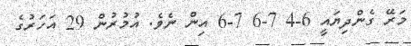
މަރޭ ގެންދިޔައީ 6-4 7-6 7-6 އިން ނެވެ. އުމުރުން 29 އަހަރުގެ